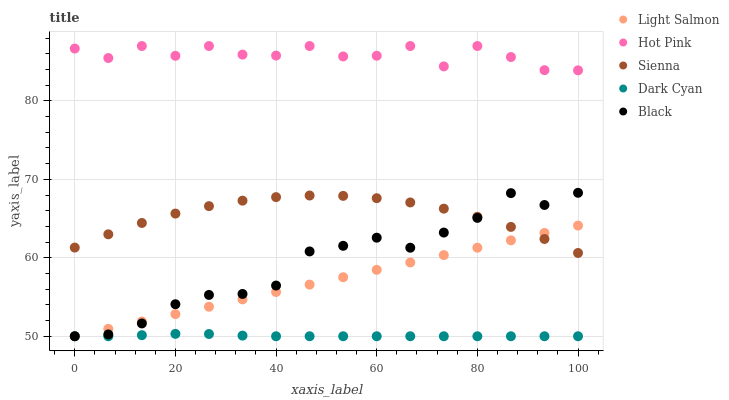
| xaxis_label | Light Salmon | Hot Pink | Sienna | Dark Cyan | Black |
 | --- | --- | --- | --- | --- | --- |
 | 0 | 50 | 86.7 | 61.3 | 50 | 50 |
 | 6.67 | 50.9 | 85.5 | 63 | 50 | 50.2 |
 | 13.3 | 51.9 | 87 | 64.4 | 50.1 | 51.6 |
 | 20 | 52.8 | 85.8 | 65.6 | 50.3 | 54.1 |
 | 26.7 | 53.8 | 87 | 66.6 | 50.3 | 55.3 |
 | 33.3 | 54.7 | 85.9 | 67.3 | 50.1 | 55.4 |
 | 40 | 55.6 | 85.8 | 67.7 | 50 | 56.5 |
 | 46.7 | 56.6 | 87 | 67.9 | 50 | 60.8 |
 | 53.3 | 57.5 | 85.7 | 67.9 | 50 | 61.5 |
 | 60 | 58.5 | 85.8 | 67.6 | 50 | 62.6 |
 | 66.7 | 59.4 | 87 | 67.1 | 50 | 61.3 |
 | 73.3 | 60.3 | 84.4 | 66.3 | 50 | 63.2 |
 | 80 | 61.3 | 87 | 65.2 | 50 | 65.1 |
 | 86.7 | 62.2 | 85.6 | 63.9 | 50 | 68.2 |
 | 93.3 | 63.2 | 83.9 | 62.4 | 50 | 66.7 |
 | 100 | 64.1 | 83.9 | 60.6 | 50 | 68.3 |